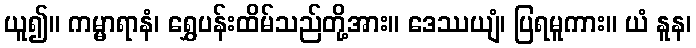
ယူ၍။ ကမ္မာရာနံ၊ ရွှေပန်းထိမ်သည်တို့အား။ ဒေဿယျံ၊ ပြရမူကား။ ယံ နူန၊